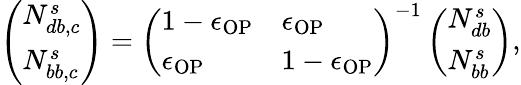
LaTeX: \left(\begin{array}{l}{N_{db,c}^{s}}\\ {N_{bb,c}^{s}}\end{array}\right)=\left(\begin{array}{ll}{1-\epsilon_{\mathrm{OP}}}&{\epsilon_{\mathrm{OP}}}\\ {\epsilon_{\mathrm{OP}}}&{1-\epsilon_{\mathrm{OP}}}\end{array}\right)^{-1}\left(\begin{array}{l}{N_{db}^{s}}\\ {N_{bb}^{s}}\end{array}\right),